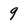
Character: 9